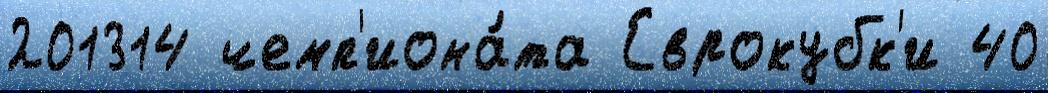
201314 чемп'иона́та Еврокубк'и 40